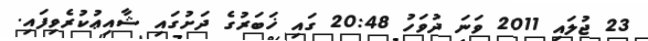
23 ޖުލައި 2011 ވަނަ ދުވަހު 20:48 ގައި ޚަބަރުގެ ދަށުގައި ޝާއިޢުކުރެވިފައި.